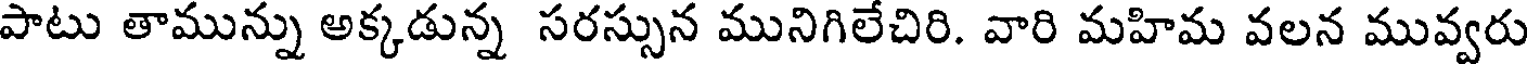
పాటు తామున్ను అక్కడున్న సరస్సున మునిగిలేచిరి. వారి మహిమ వలన మువ్వరు